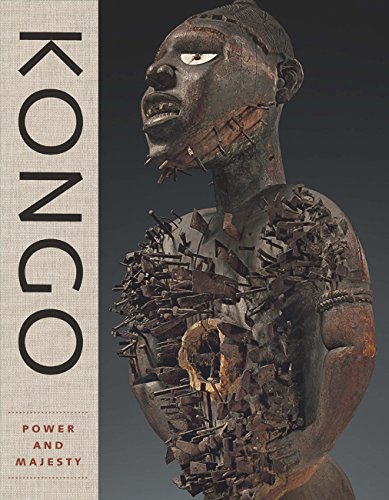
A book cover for Kongo: Power and Majesty; Alisa LaGamma; Arts & Photography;